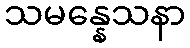
သမန္နေသနာ